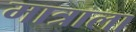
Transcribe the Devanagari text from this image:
मात्राला